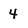
Character: 4